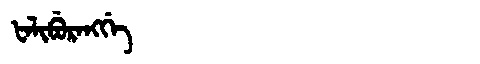
Manchu: ᡶᠠᠯᡳᠪᡠᡵᠠᠩᡤᡝ
Romanization: FALIBURANGGE